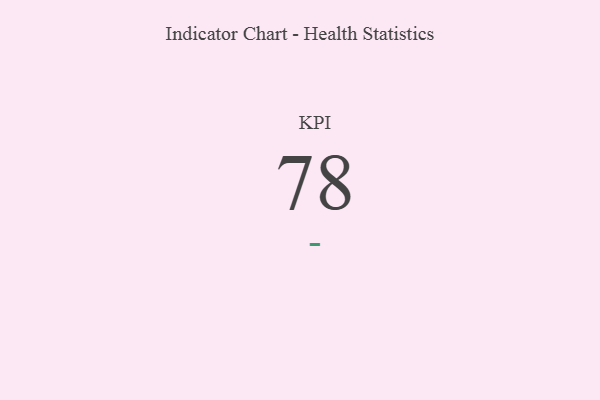
{"axis": {"x": "KPI", "y": "Value"}, "legend": [""], "data": [{"x": "KPI", "y": 78, "type": ""}]}